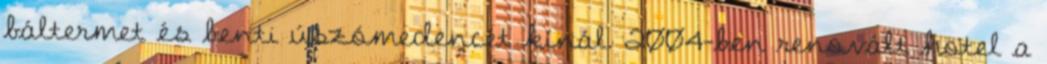
báltermet és benti úszómedencét kínál. 2004-ben renovált hotel a